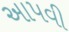
અાપવી